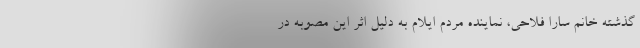
گذشته خانم سارا فلاحی، نماینده مردم ایلام به دلیل اثر این مصوبه در